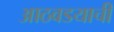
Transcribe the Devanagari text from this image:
आठवडयाची